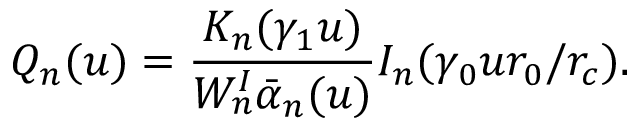
Q _ { n } ( u ) = \frac { K _ { n } ( \gamma _ { 1 } u ) } { W _ { n } ^ { I } \bar { \alpha } _ { n } ( u ) } I _ { n } ( \gamma _ { 0 } u r _ { 0 } / r _ { c } ) .